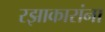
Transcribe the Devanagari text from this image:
रझाकारांना